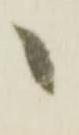
候